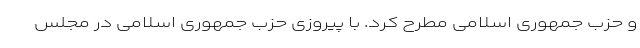
و حزب جمهوری اسلامی مطرح کرد. با پیروزی حزب جمهوری اسلامی در مجلس